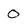
Character: O